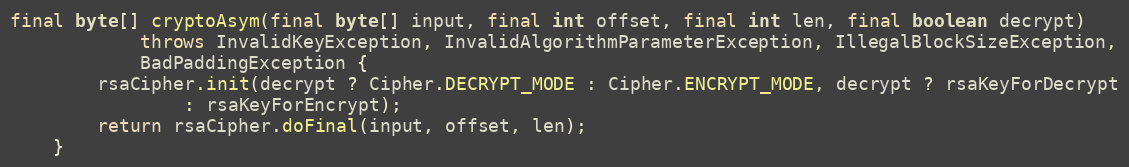
Language: Java
final byte[] cryptoAsym(final byte[] input, final int offset, final int len, final boolean decrypt)
			throws InvalidKeyException, InvalidAlgorithmParameterException, IllegalBlockSizeException,
			BadPaddingException {
		rsaCipher.init(decrypt ? Cipher.DECRYPT_MODE : Cipher.ENCRYPT_MODE, decrypt ? rsaKeyForDecrypt
				: rsaKeyForEncrypt);
		return rsaCipher.doFinal(input, offset, len);
	}